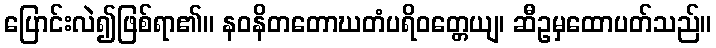
ပြောင်းလဲ၍ဖြစ်ရာ၏။ နဝနိတတောဃတံပရိဝတ္တေယျ၊ ဆီဥမှထောပတ်သည်။